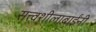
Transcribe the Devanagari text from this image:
सत्त्वशीलाबाईंनी